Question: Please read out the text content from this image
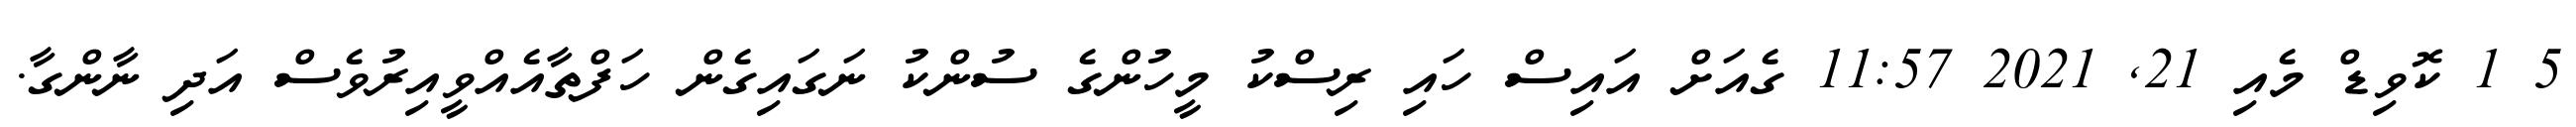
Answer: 5 1 ކޮވިޑް މެއި 21, 2021 11:57 ގެއަށް އައިސް ހައި ރިސްކު މީހުންގެ ސުންކު ނަގައިގެން ހަފްތާއެއްވީއިރުވެސް އަދި ނާންގާ.